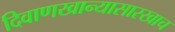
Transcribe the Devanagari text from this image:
दिवाणखान्यासारखाच